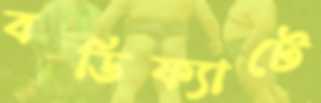
বডিফ্যাটে